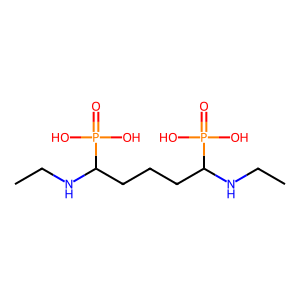
SMILES: CCNC(CCCC(NCC)P(=O)(O)O)P(=O)(O)O
Inhibits HIV replication: No